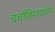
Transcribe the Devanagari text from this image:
चर्चाविश्वातल्या